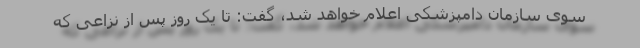
سوی سازمان دامپزشکی اعلام خواهد شد، گفت: تا یک روز پس از نزاعی که